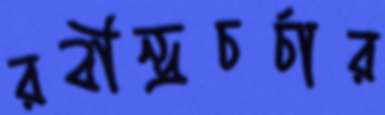
রবীন্দ্রচর্চার